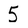
Character: 5